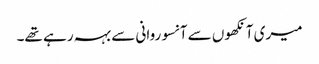
میری آنکھوں سے آنسو روانی سے بہہ رہے تھے۔